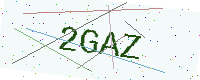
Text: 2GAZ